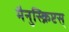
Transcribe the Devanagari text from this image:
मैनुस्क्रिप्टस्‌